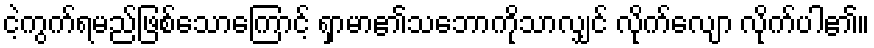
ငဲ့ကွက်ရမည်ဖြစ်သောကြောင့် ရှာမာ၏သဘောကိုသာလျှင် လိုက်လျော လိုက်ပါ၏။